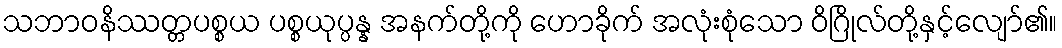
သဘာဝနိဿတ္တပစ္စယ ပစ္စယုပ္ပန္န အနက်တို့ကို ဟောခိုက် အလုံးစုံသော ဝိဂြိုလ်တို့နှင့်လျော်၏။